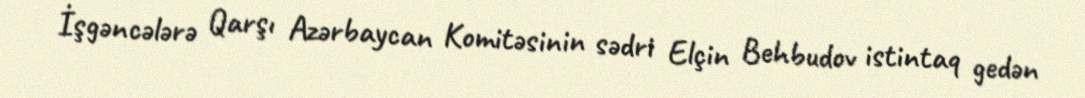
İşgəncələrə Qarşı Azərbaycan Komitəsinin sədri Elçin Behbudov istintaq gedən